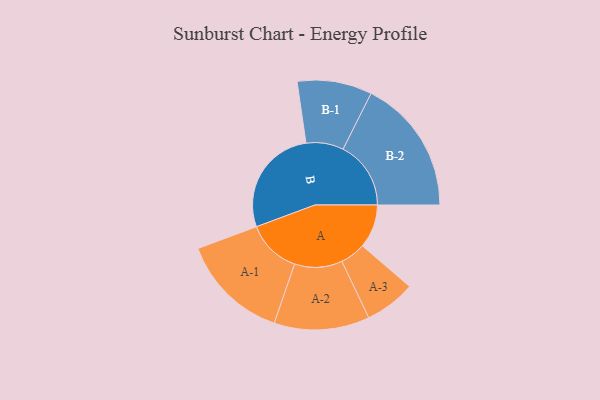
{"axis": {"x": "Segment", "y": "Value"}, "legend": ["", "A", "B"], "data": [{"x": "A", "y": 182, "type": ""}, {"x": "B", "y": 456, "type": ""}, {"x": "A-1", "y": 226, "type": "A"}, {"x": "A-2", "y": 199, "type": "A"}, {"x": "A-3", "y": 106, "type": "A"}, {"x": "B-1", "y": 156, "type": "B"}, {"x": "B-2", "y": 283, "type": "B"}]}